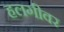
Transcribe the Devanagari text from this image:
हलगीवर